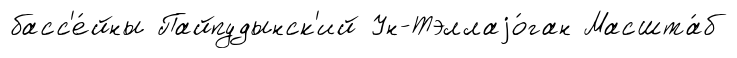
басс'е́йны Пайпудынск'ий Ун-Тэллаjо́ган Масшта́б